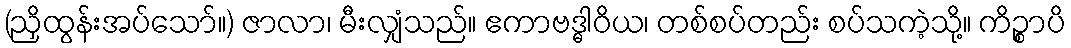
(ညှိထွန်းအပ်သော်။) ဇာလာ၊ မီးလျှံသည်။ ဧကာဗဒ္ဓါဝိယ၊ တစ်စပ်တည်း စပ်သကဲ့သို့။ ကိဉ္စာပိ